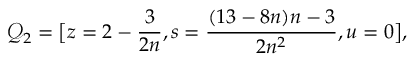
\mathcal { Q } _ { 2 } = \big [ z = 2 - \frac { 3 } { 2 n } , s = \frac { ( 1 3 - 8 n ) n - 3 } { 2 n ^ { 2 } } , u = 0 \big ] ,